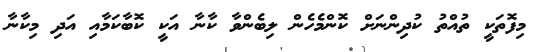
މިފޮތަކީ ތުއްތު ކުދިންނަށް ކޮންމެހެން ލިބެންވާ ކާނާ އަކީ ކޮބާކަމާއި އަދި މިކާނާ